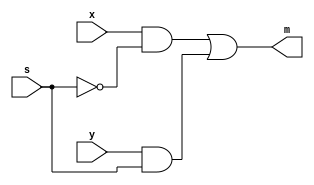
module sillyfunction(x,y,s,m);
 //  input[2:0] S;
    //input E;
	//input [7:0] I;
	//output Z, Z_inverted;
	input x,y,s;
	output m;
	
//	not u0(s_inverted,s);
//	and u1(n1,s_inverted,x);
//	and u2(n2,s,y);
//	or u3(m,n1,n2);
assign m= (x&!s)|(y&s);
	
endmodule